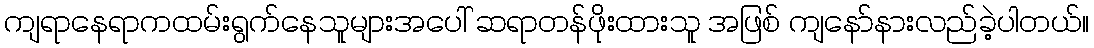
ကျရာနေရာကထမ်းရွက်နေသူများအပေါ် ဆရာတန်ဖိုးထားသူ အဖြစ် ကျနော်နားလည်ခဲ့ပါတယ်။